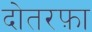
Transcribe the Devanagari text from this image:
दोतरफ़ा